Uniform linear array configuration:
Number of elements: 64
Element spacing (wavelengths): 0.75
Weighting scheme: exponential
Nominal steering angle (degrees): -15
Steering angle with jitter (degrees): -16.084
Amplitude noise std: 0.05
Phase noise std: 0.05

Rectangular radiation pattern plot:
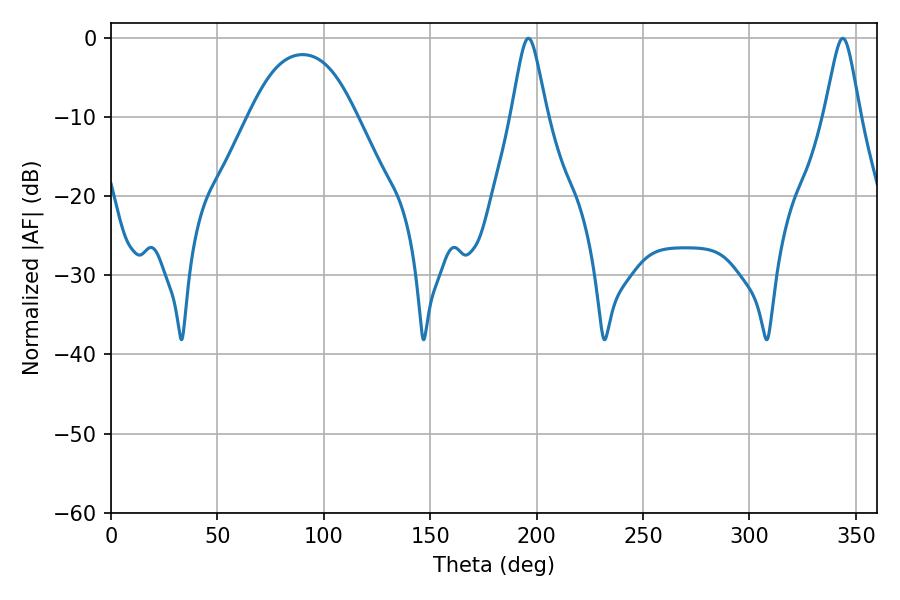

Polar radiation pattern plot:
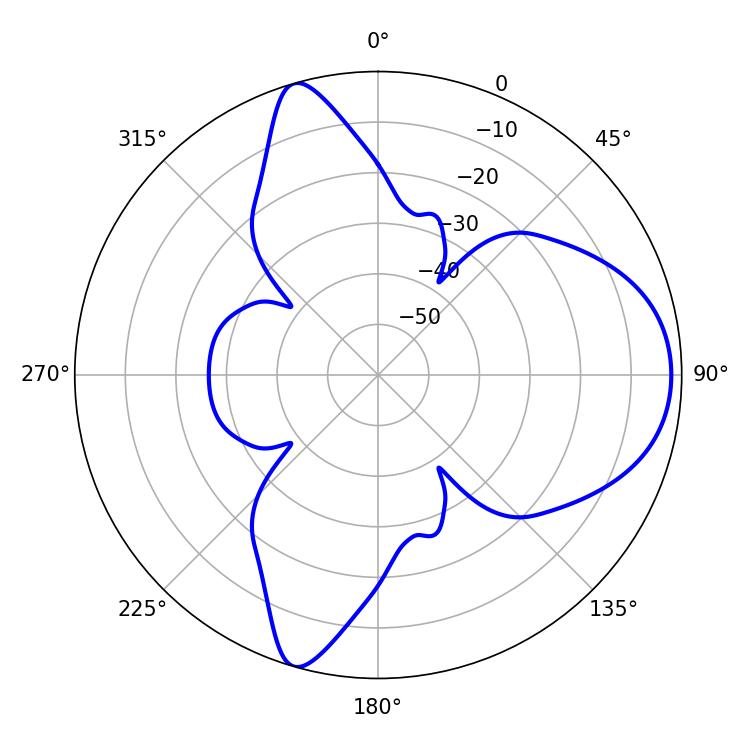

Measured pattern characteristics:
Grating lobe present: TRUE
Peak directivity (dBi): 8.681
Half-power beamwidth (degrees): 7.92
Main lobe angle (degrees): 343.8